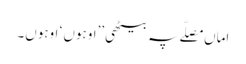
اماں مصلّے پہ بیٹھی ’’اوہوں ‘ اوہوں۔